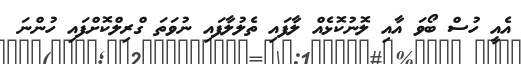
އެއީ ހުސް ބޯވަ އާއި ލޮނުކޮޅެއް ލާފައި ތެލުލާފައި ނުވަތަ ގްރިލްކޮށްފައި ހުންނަ